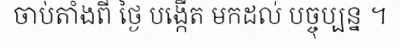
ចាប់តាំងពី ថ្ងៃ បង្កើត មកដល់ បច្ចុប្បន្ន ។